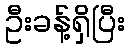
ဦးခန့်ရှိပြီး